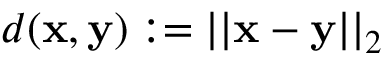
d ( \mathbf { x } , \mathbf { y } ) : = | | \mathbf { x } - \mathbf { y } | | _ { 2 }